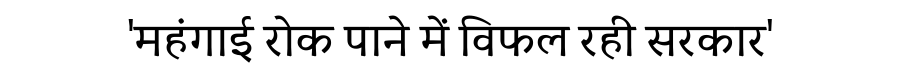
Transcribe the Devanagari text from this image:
'महंगाई रोक पाने में विफल रही सरकार'